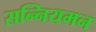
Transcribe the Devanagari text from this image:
सन्नियमन